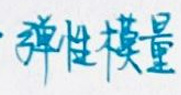
弹性模量